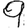
Digit: 9